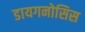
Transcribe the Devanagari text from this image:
डायगनोसिस